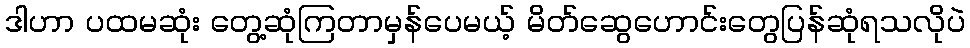
ဒါဟာ ပထမဆုံး တွေ့ဆုံကြတာမှန်ပေမယ့် မိတ်ဆွေဟောင်းတွေပြန်ဆုံရသလိုပဲ